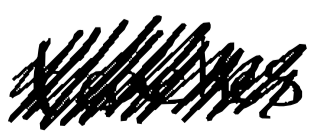
Text: teaches
Cross-out: scratch
Writing tool: digital_black